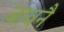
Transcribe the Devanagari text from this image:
बावनै